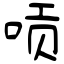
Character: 唝